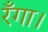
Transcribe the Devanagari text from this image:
रँगा।